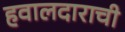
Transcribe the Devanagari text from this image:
हवालदाराची